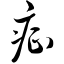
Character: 症